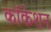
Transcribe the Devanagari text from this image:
कॉकेशन